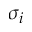
\sigma _ { i }